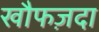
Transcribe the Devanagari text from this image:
खौफज़दा